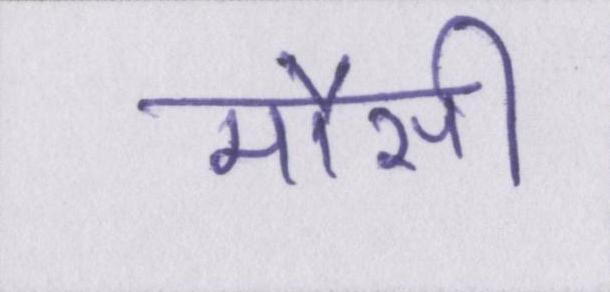
मौसी